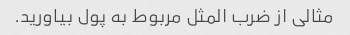
مثالی از ضرب المثل مربوط به پول بیاورید.